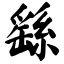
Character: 繇